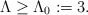
\begin{align*}\Lambda\ge \Lambda_0 := 3 .\end{align*}